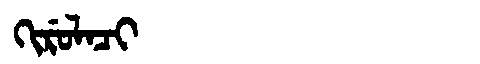
Manchu: ᡴᡳᡵᡠᠯᠠᠴᡳ
Romanization: KIRULACI